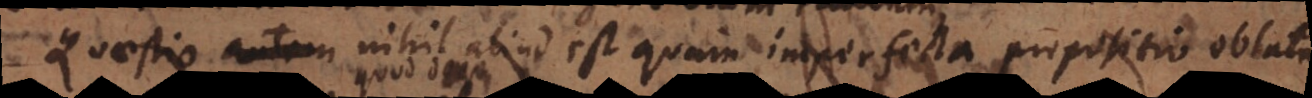
Quaestio autem nihil aliud est quam imperfecta propositio oblata